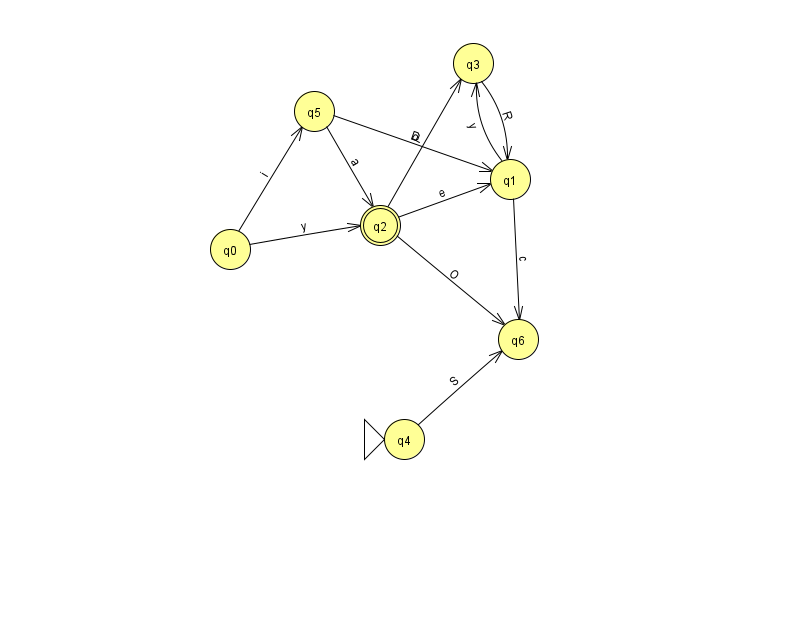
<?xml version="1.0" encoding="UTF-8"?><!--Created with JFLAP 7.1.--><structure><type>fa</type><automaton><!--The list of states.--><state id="0" name="q0"><x>230.0</x><y>236.0</y></state><state id="1" name="q1"><x>510.0</x><y>166.0</y></state><state id="2" name="q2"><x>380.0</x><y>212.0</y><final/></state><state id="3" name="q3"><x>473.0</x><y>50.0</y></state><state id="4" name="q4"><x>404.0</x><y>426.0</y><initial/></state><state id="5" name="q5"><x>314.0</x><y>98.0</y></state><state id="6" name="q6"><x>518.0</x><y>326.0</y></state><!--The list of transitions.--><transition><from>4</from><to>6</to><read>S</read></transition><transition><from>0</from><to>5</to><read>i</read></transition><transition><from>2</from><to>1</to><read>e</read></transition><transition><from>1</from><to>6</to><read>c</read></transition><transition><from>1</from><to>3</to><read>y</read></transition><transition><from>2</from><to>3</to><read>P</read></transition><transition><from>0</from><to>2</to><read>y</read></transition><transition><from>5</from><to>1</to><read>D</read></transition><transition><from>5</from><to>2</to><read>a</read></transition><transition><from>3</from><to>1</to><read>R</read></transition><transition><from>2</from><to>6</to><read>O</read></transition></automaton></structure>